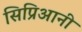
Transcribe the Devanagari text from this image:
सिप्रिआनी